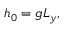
\begin{array} { r } { h _ { 0 } = g L _ { y } , } \end{array}